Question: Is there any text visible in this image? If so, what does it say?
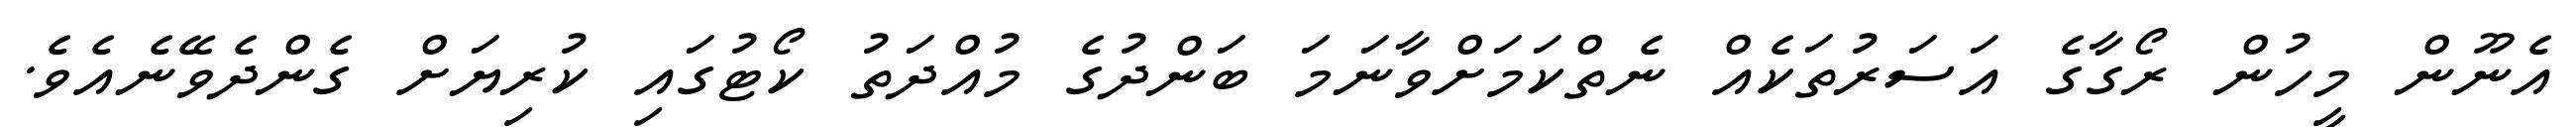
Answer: އެނޫން މީހުން ރޯގާގެ އަސަރުތަކެއް ނެތްކަމަށްވާނަމަ ބަންދުގެ މުއްދަތު ކޯޓުގައި ކުރިޔަށް ގެންދެވޭނެއެވެ.